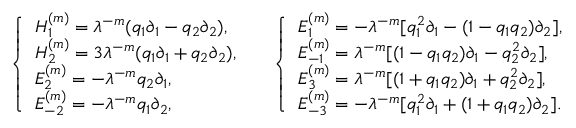
\left. \begin{array} { l l } { { { \left\{ \begin{array} { l } { { H _ { 1 } ^ { ( m ) } = \lambda ^ { - m } ( q _ { 1 } \partial _ { 1 } - q _ { 2 } \partial _ { 2 } ) , \, \, } } \\ { { H _ { 2 } ^ { ( m ) } = 3 \lambda ^ { - m } ( q _ { 1 } \partial _ { 1 } + q _ { 2 } \partial _ { 2 } ) , \, \, } } \\ { { E _ { 2 } ^ { ( m ) } = - \lambda ^ { - m } q _ { 2 } \partial _ { 1 } , \, \, } } \\ { { E _ { - 2 } ^ { ( m ) } = - \lambda ^ { - m } q _ { 1 } \partial _ { 2 } , \, \, } } \end{array} \right. } } } & { { { \left\{ \begin{array} { l } { { E _ { 1 } ^ { ( m ) } = - \lambda ^ { - m } [ q _ { 1 } ^ { 2 } \partial _ { 1 } - ( 1 - q _ { 1 } q _ { 2 } ) \partial _ { 2 } ] , \, \, } } \\ { { E _ { - 1 } ^ { ( m ) } = \lambda ^ { - m } [ ( 1 - q _ { 1 } q _ { 2 } ) \partial _ { 1 } - q _ { 2 } ^ { 2 } \partial _ { 2 } ] , \, \, } } \\ { { E _ { 3 } ^ { ( m ) } = \lambda ^ { - m } [ ( 1 + q _ { 1 } q _ { 2 } ) \partial _ { 1 } + q _ { 2 } ^ { 2 } \partial _ { 2 } ] , \, \, } } \\ { { E _ { - 3 } ^ { ( m ) } = - \lambda ^ { - m } [ q _ { 1 } ^ { 2 } \partial _ { 1 } + ( 1 + q _ { 1 } q _ { 2 } ) \partial _ { 2 } ] . } } \end{array} \right. } } } \end{array} \right.